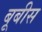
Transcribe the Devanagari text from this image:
बूबीस